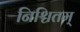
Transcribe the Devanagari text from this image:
निश्चितम्